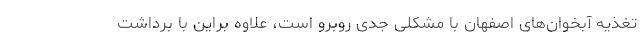
تغذیه آبخوان‌های اصفهان با مشکلی جدی روبرو است، علاوه براین با برداشت